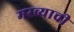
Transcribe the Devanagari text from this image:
मरव्याची